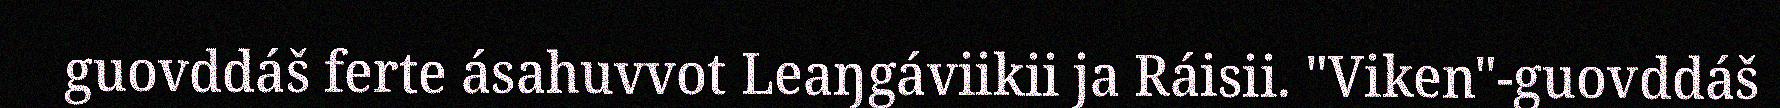
guovddáš ferte ásahuvvot Leaŋgáviikii ja Ráisii. "Viken"-guovddáš